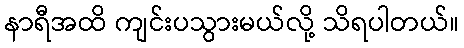
နာရီအထိ ကျင်းပသွားမယ်လို့ သိရပါတယ်။